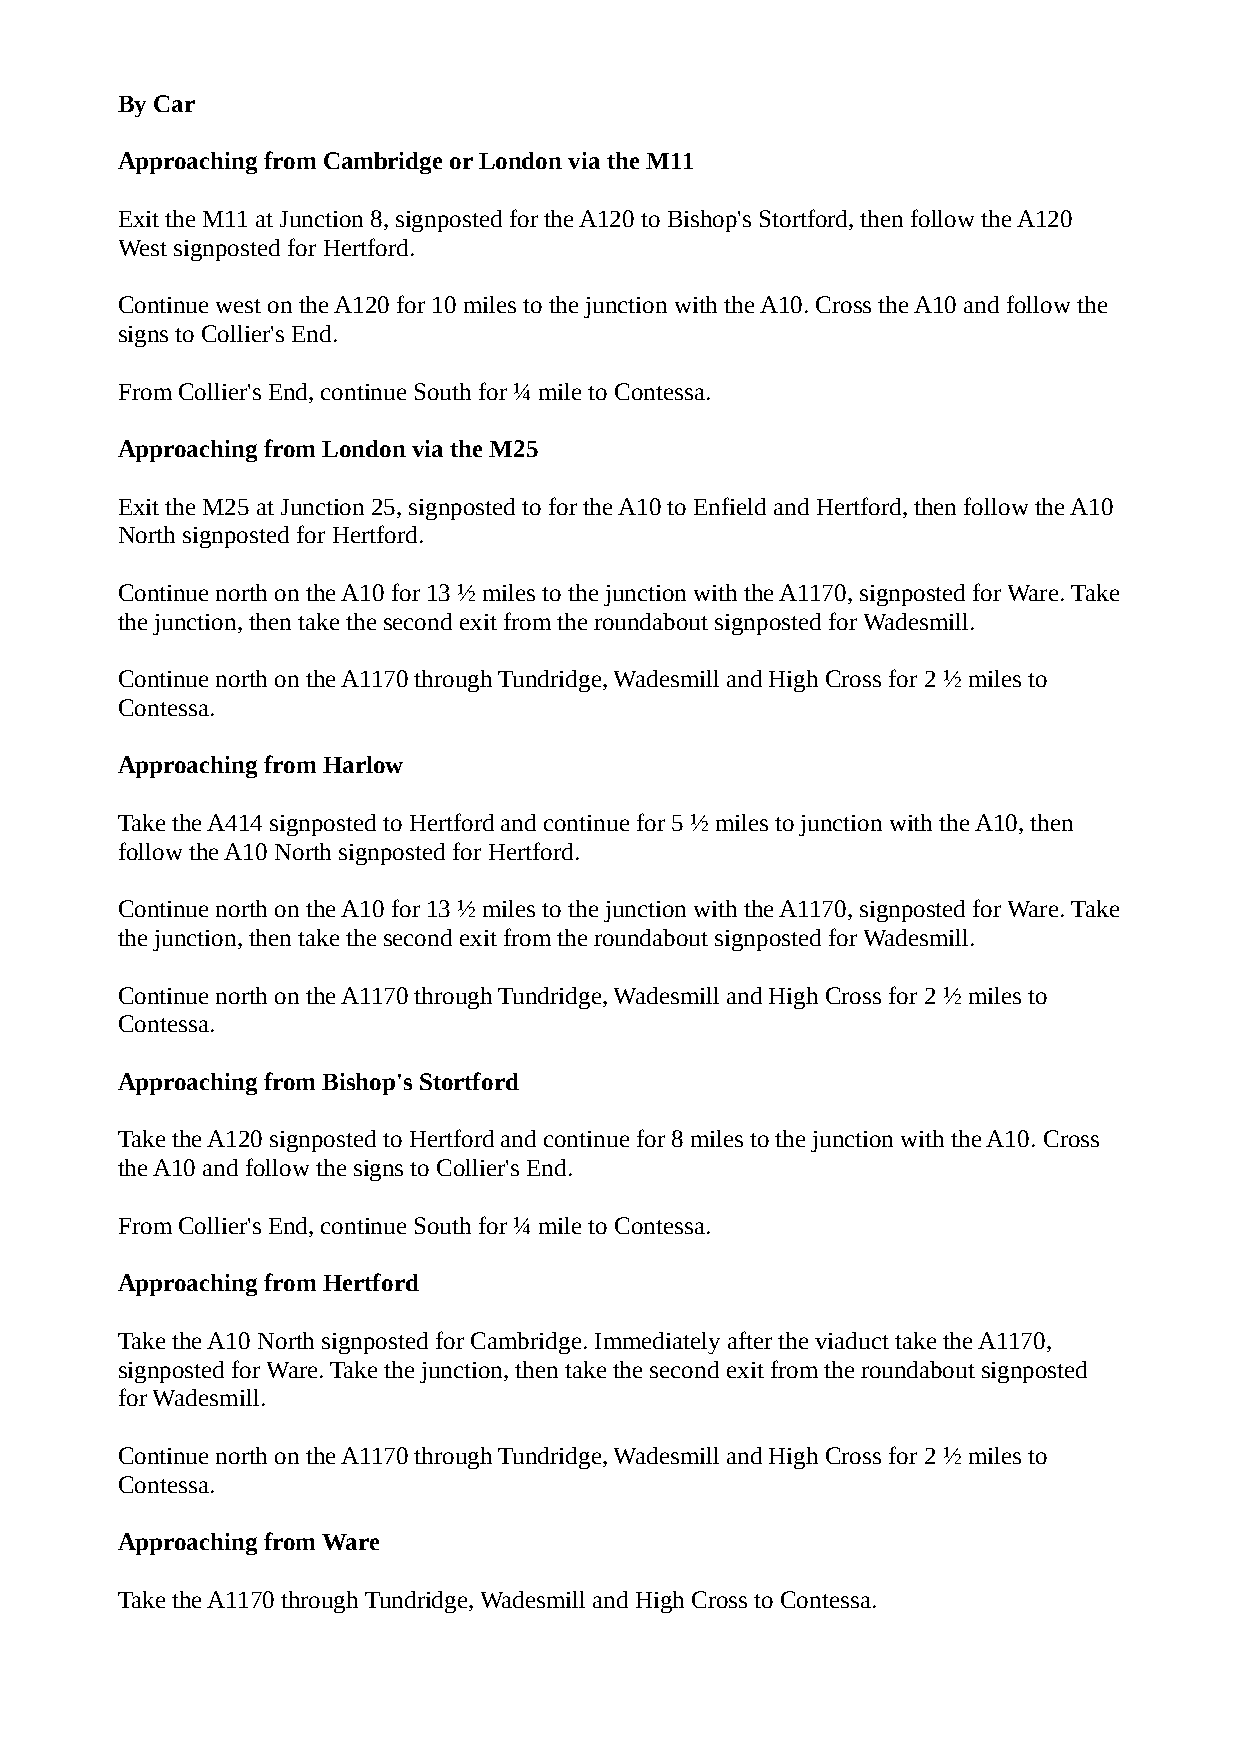
By Car
 Approaching from Cambridge or London via the M11
 Exit the M11 at Junction 8, signposted for the A120 to Bishop's Stortford, then follow the A120
 West signposted for Hertford.
 Continue west on the A120 for 10 miles to the junction with the A10. Cross the A10 and follow the
 signs to Collier's End.
 From Collier's End, continue South for ¼ mile to Contessa.
 Approaching from London via the M25
 Exit the M25 at Junction 25, signposted to for the A10 to Enfield and Hertford, then follow the A10
 North signposted for Hertford.
 Continue north on the A10 for 13 ½ miles to the junction with the A1170, signposted for Ware. Take
 the junction, then take the second exit from the roundabout signposted for Wadesmill.
 Continue north on the A1170 through Tundridge, Wadesmill and High Cross for 2 ½ miles to
 Contessa.
 Approaching from Harlow
 Take the A414 signposted to Hertford and continue for 5 ½ miles to junction with the A10, then
 follow the A10 North signposted for Hertford.
 Continue north on the A10 for 13 ½ miles to the junction with the A1170, signposted for Ware. Take
 the junction, then take the second exit from the roundabout signposted for Wadesmill.
 Continue north on the A1170 through Tundridge, Wadesmill and High Cross for 2 ½ miles to
 Contessa.
 Approaching from Bishop's Stortford
 Take the A120 signposted to Hertford and continue for 8 miles to the junction with the A10. Cross
 the A10 and follow the signs to Collier's End.
 From Collier's End, continue South for ¼ mile to Contessa.
 Approaching from Hertford
 Take the A10 North signposted for Cambridge. Immediately after the viaduct take the A1170,
 signposted for Ware. Take the junction, then take the second exit from the roundabout signposted
 for Wadesmill.
 Continue north on the A1170 through Tundridge, Wadesmill and High Cross for 2 ½ miles to
 Contessa.
 Approaching from Ware
 Take the A1170 through Tundridge, Wadesmill and High Cross to Contessa.